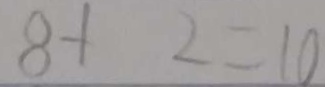
8 + 2 = 1 0